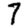
Digit: 7